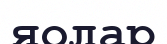
яолар